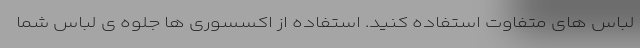
لباس های متفاوت استفاده کنید. استفاده از اکسسوری ها جلوه ی لباس شما